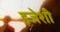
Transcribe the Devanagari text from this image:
इजेशी